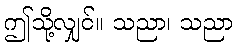
ဤသို့လျှင်။ သညာ၊ သညာ